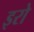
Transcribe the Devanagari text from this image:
इरो